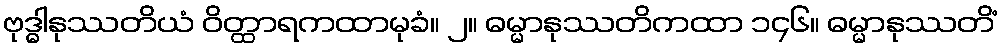
ဗုဒ္ဓါနုဿတိယံ ဝိတ္ထာရကထာမုခံ။ ၂။ ဓမ္မာနုဿတိကထာ ၁၄၆။ ဓမ္မာနုဿတိံ